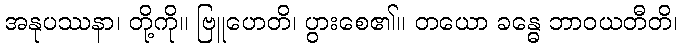
အနုပဿနာ၊ တို့ကို။ ဗြူဟေတိ၊ ပွားစေ၏။ တယော ခန္ဓေ ဘာဝယတီတိ၊